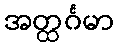
အတ္ထင်္ဂမာ